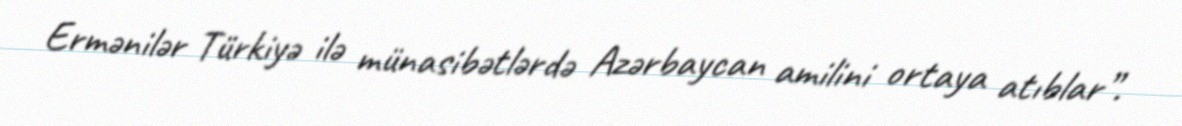
Ermənilər Türkiyə ilə münasibətlərdə Azərbaycan amilini ortaya atıblar”.